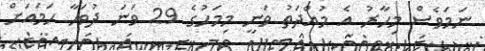
ނަމަވެސް މިހާރު އެ މުއްދަތު ވަނީ މިމަހުގެ 29 ވަނަ ދުވަހާ ހަމައަށް